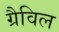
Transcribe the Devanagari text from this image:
ग्रैविल